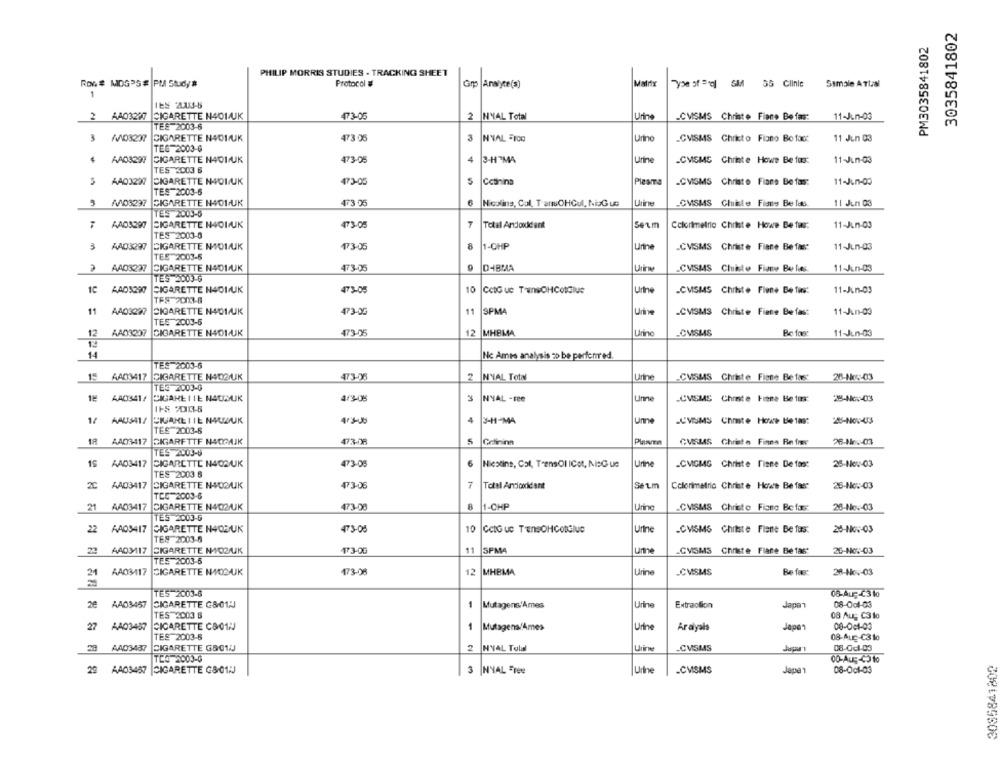
3035841802
PM3035841802
PHILIP MORRIS STUDIES . TRACKING SHEET
ROV # MIOGPS # PM Study #
Protocol #
Analyte(s)
Marx
Samale AThal
"yo of =g] SM SS Clinic
1
TEM 2003-5
2
NYAL Total
Urine
2 AA03297 CIGARETTE N401/UK
473-05
-CMSMS Christo Fiane Befas:
11-Jun-03
TEE 2003-6
3
WO3237
CIGARETTE N401/UK
473 06
3
NVAL =100
Urino
.CVISMS Chrito Fiano Bofact
11 Jun 03
TES 2003-6
AA03297
CIGARETTE N401/UK
473-05
4
3-HPMA
Urine
.CVISMS Christ e Howe Be fus:
11-Jun-03
TES 2003 6
AA03297
CIGARETTE N4OL/UK
473-05
Cotinina
Plesma
.CMOMS Christo Fiane Be fas:
11-Jun-00
TES-2003-6
3
AVO3237
CIGARETTE N401-UK
473 06
Nicoline, Col TanCHGul, NisG us
Urine
.CMSMS Chile Fiants Be las
11 Jun 03
TES 2003-6
AAD3290
CIGARETTE N401/UK
473-05
Total Andoxidant
5etm
Colorimetric Christe Howe Be fas:
11-Jun-03
TES 2003-0
3
AA03297
CIGARETTE MMOL/UK
173-05
8
1-CHP
Urine
.CVISMS Christe Fiane Be fas:
11-Jun-03
TEE 2003-6
AAD3237
CIGARETTE N401/UK
DIBMA
473-05
.CVISMS Chiste Fiante Be les
11-Jun-03
TES 2003-6
1C AAD3290
SIGARETTE N401/UK
473-05
10
CetG uc TwnsOHCotGlue
Urine
.CMSMS Chitste Flene Be fas:
11-Jun-03
TFS 2003-8
11
AA03297 CIGARETTE N401/UK
473-05
11
SPMA
Urine
-CVSMS Chrate Finne Befast
11-Jun-03
TEE 2003-5
12 AAD3207
CIGARETTE N401/UK
473-05
12
MHBMA
Urine
_CMSMS
Be fas:
11-Jun-03
14
Nc Ames analysis -> be perferred.
TES 2003-6
15 AA03417
CIGARETTE NAD2/UK
4736
2 NYAL Total
Urine
CMSMS Christe Fiene Be fast
26-Nos:03
TES 2003-6
19 AA0341/
CIGARE ITE NAUMUK
4/3-05
NYAL -tee
Unne
-CVSMS Chrate Hene Be las:
25-Nc :- 03
IF-5 20111-5
une
14 AAJ341/
4.3-00
4
3-11-MA
LUVSMS Chmte Howe Le tas:
TES 2003-6
18 AA03417
SIGARFTTF NAOPAJK
473.08
GUSMS Christo Finna Refres
26-Nov-03
TES 2.03-6
15
AAD3417 CIGARETTE N403/UK
473-08
6
Niestins, Col, TrensOl ICot, NsG ue
Urine
.CMGMS Christe Finne De fan:
25-Nov-03
TES 2003 6
2C
AA03417
CIGARETTE HOOUK
473-06
7
Total Andoxidant
Se um
Colorimetric Christe Howe Be fass
25-Nov-03
TEC-2003-6
21
AA03417 CIGARETTE N402/UK
473-00
8
1-CHP
Urine
.CMSMS Christe Fiane Befass
28-Nov-03
TES 2003-6
22
AADS417
CIGARETTE N403/UK
473-05
10
Ccto uc TensOHCotGlue
Urine
.CMSMS Chitste Flene Be fas:
26-Nov-03
TES 2003-6
AA03/117 CIGARETTE N+O2/UK
173-06
11
SPMA
ume
.CVISMS Christe Flane Be fast
22
26-NO :- 03
TES 2003-6
AA03-117
EIGARETTE NO2/UK
12
MHBMA
_CMISMS
173-08
Urine
Be fas:
28-Nov-03
TES 2003-8
06-Au- 4310
26
AA03457
CIGARETTE G&01:J
1
Mutagens'Ames
Urine
Extraction
Japan
08-001-03
TES 2003 6
08 Aug C3 to
CICARETTE C801:
27
AA03487
1
Mutagens/Ames
Urine
Aralyals
Japon
08-001-03
TES 2003-5
08-ALE-C3 10
AAD3437
CIGARETTE GBO1U
NYAL Told
Urine
-CMSMS
08-0-1-03
TCO-2003-0
00-Aug-CO to
29
AA03457
CIGARETTE G8-01:
3 NYAL Free
Urine
-CMSMS
Jape 1
08-Oct-03